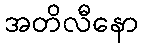
အတိလီနော